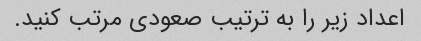
اعداد زیر را به ترتیب صعودی مرتب کنید.